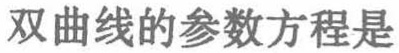
双曲线的参数方程是